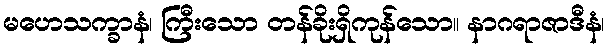
မဟေသက္ခာနံ၊ ကြီးသော တန်ခိုးရှိကုန်သော။ နာဂရာဇာဒီနံ၊